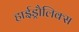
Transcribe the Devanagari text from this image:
हाईड्रौलिक्स